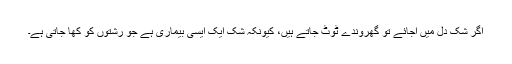
اگر شک دل میں آجائے تو گھروندے ٹوٹ جاتے ہیں، کیونکہ شک ایک ایسی بیماری ہے جو رشتوں کو کھا جاتی ہے۔